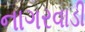
નાગરવાડી